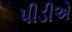
પીડીએ